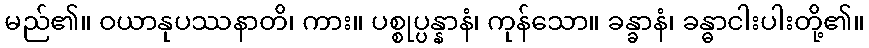
မည်၏။ ဝယာနုပဿနာတိ၊ ကား။ ပစ္စုပ္ပန္နာနံ၊ ကုန်သော။ ခန္ခာနံ၊ ခန္ဓာငါးပါးတို့၏။